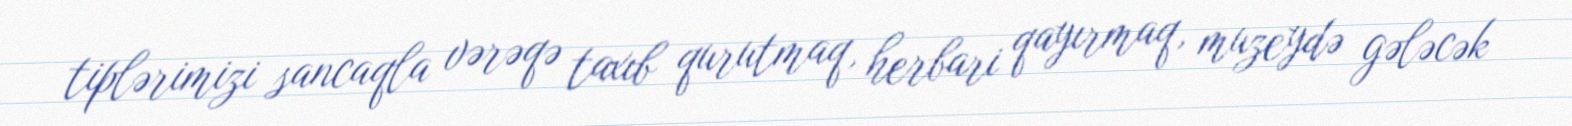
tiplərimizi sancaqla vərəqə taxıb qurutmaq, herbari qayırmaq, muzeydə gələcək